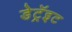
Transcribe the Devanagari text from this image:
डेट्रॅइट